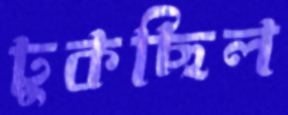
ঢুকছিল